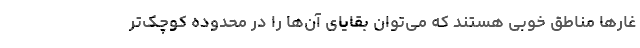
غارها مناطق خوبی هستند که می‌توان بقایای آن‌ها را در محدوده کوچک‌تر